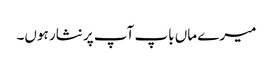
میرے ماں باپ آپ پر نثار ہوں۔